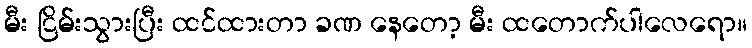
မီး ငြိမ်းသွားပြီး ထင်ထားတာ ခဏ နေတော့ မီး ထတောက်ပါလေရော။